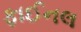
ફાઈનલ